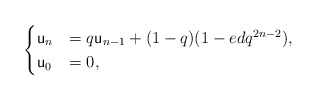
\begin{align*}\begin{cases} \mathsf u_n&=q \mathsf u_{n-1}+ (1-q)(1-ed q^{2n-2}),\\ \mathsf u_0&=0, \end{cases}\end{align*}